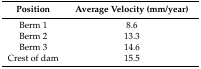
<table><thead><tr><td><b>Position</b></td><td><b>Average Velocity (mm/year)</b></td></tr></thead><tbody><tr><td>Berm 1</td><td>8.6</td></tr><tr><td>Berm 2</td><td>13.3</td></tr><tr><td>Berm 3</td><td>14.6</td></tr><tr><td>Crest of dam</td><td>15.5</td></tr></tbody></table>